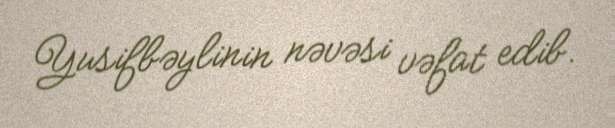
Yusifbəylinin nəvəsi vəfat edib.